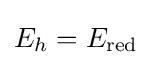
E_{h}=E_{\text{red}}